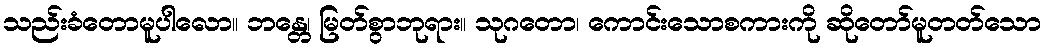
သည်းခံတောမူပါလော။ ဘန္တေ၊ မြတ်စွာဘုရား။ သုဂတော၊ ကောင်းသောစကားကို ဆိုတော်မူတတ်သော